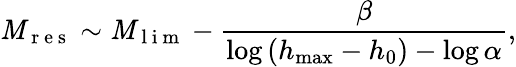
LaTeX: \mathit{M}_{\mathrm{{~r~e~s~}}}\sim\mathit{M}_{\mathrm{{~l~i~m~}}}-\frac{{\beta}}{{\log\left(h_{\operatorname*{max}}-h_{0}\right)-\log\alpha}},